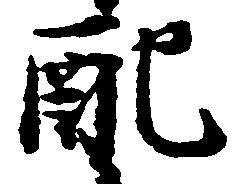
配